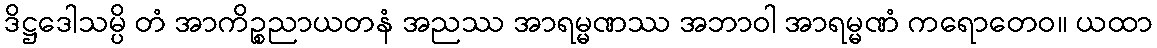
ဒိဋ္ဌဒေါသမ္ပိ တံ အာကိဉ္စညာယတနံ အညဿ အာရမ္မဏဿ အဘာဝါ အာရမ္မဏံ ကရောတေဝ။ ယထာ